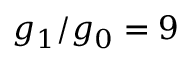
g _ { 1 } / g _ { 0 } = 9